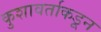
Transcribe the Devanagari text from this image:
कुशावर्ताकडून